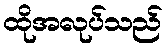
ထိုအလုပ်သည်